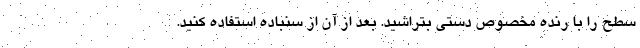
سطح را با رنده مخصوص دستی بتراشید. بعد از آن از سنباده استفاده کنید.